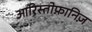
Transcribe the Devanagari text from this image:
आरिस्तोफ़ानिज़